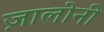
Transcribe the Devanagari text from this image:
ज़ालोनी